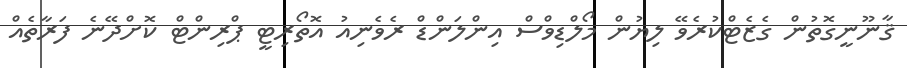
ޤާނޫނީގޮތުން ގެޒެޓްކުރެވޭ ލިޔުން މޯލްޑިވްސް އިންލަންޑް ރެވެނިއު އޮތޯރިޓީ ޕްރިންޓް ކޮށްދޭނެ ފަރާތެއް